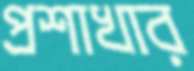
প্রশাখার